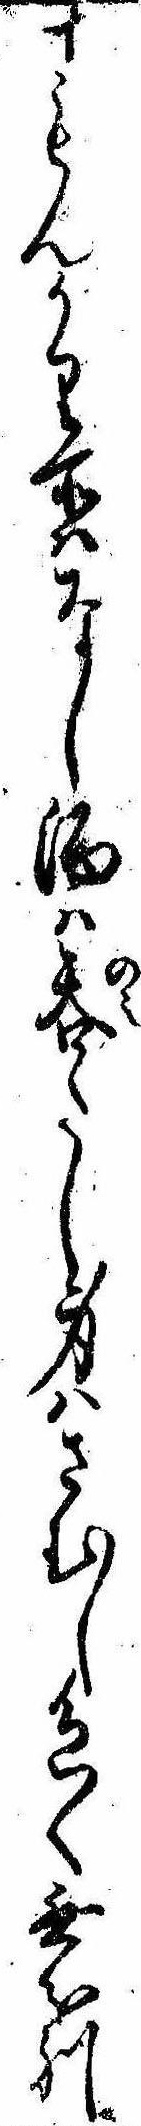
十もんかり所はなし酒は呑たし身はさむし色〱無分別